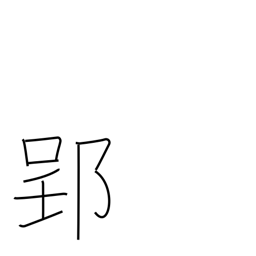
Meaning: place name